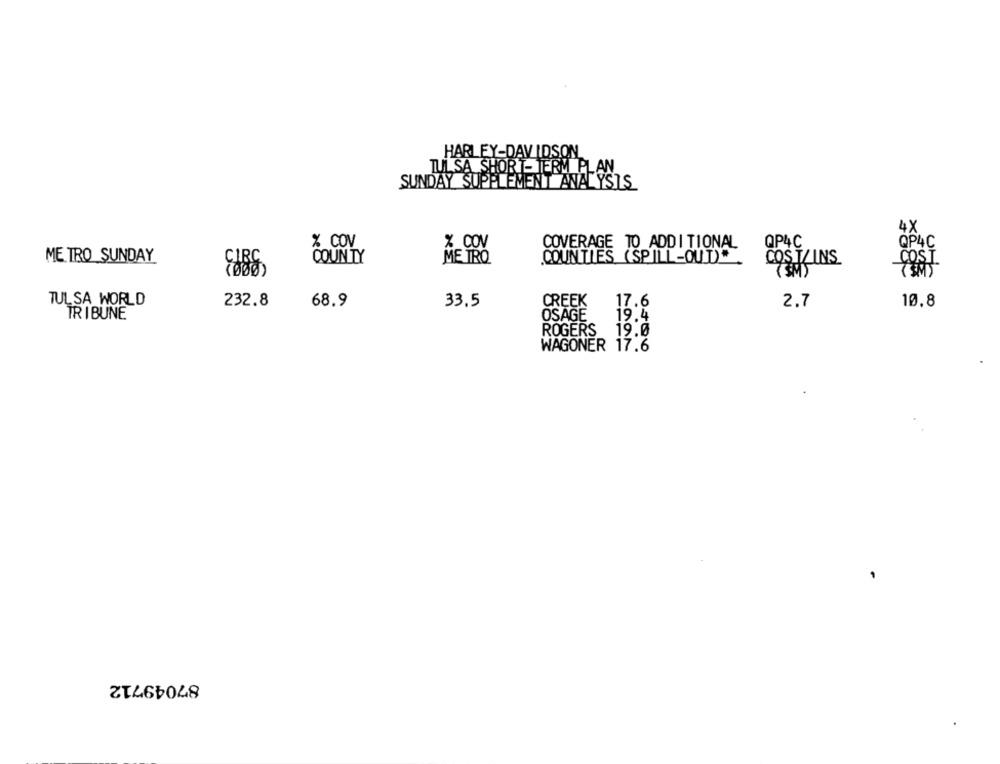
HARLEY-DAVIDSON
TULSA SHORT-TERM PLAN
SUNDAY SUPPLEMENT ANALYSIS
4X
% COV
COVERAGE TO ADDITIONAL
QP4C
%_COV
QP4C
COST
METRO SUNDAY
COUNTY
METRO
COUNTIES (SPILL-OUT)"
COS T/ INS
TULSA WORLD
232.8
68.9
33.5
CREEK
17.6
2.7
10.8
TRIBUNE
OSAGE
19.4
ROGERS
19.0
WAGONER 17.6
87049712